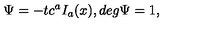
\Psi = - t c ^ { a } I _ { a } ( x ) , d e g \Psi = 1 ,